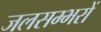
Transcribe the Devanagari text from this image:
जलसम्भरों